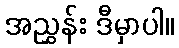
အညွှန်း ဒီမှာပါ။